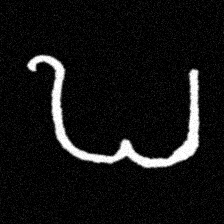
Pyu character \u2014 Myanmar letter: ဎ (romanized: ddha)